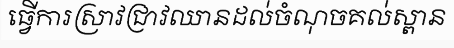
ធ្វើការស្រាវជ្រាវឈានដល់ចំណុចគល់ស្ពាន